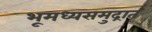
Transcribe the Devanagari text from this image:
भूमध्यसमुद्रात